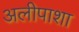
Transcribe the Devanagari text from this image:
अलीपाशा